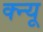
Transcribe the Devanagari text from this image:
क्न्यू